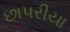
છાપરીયા